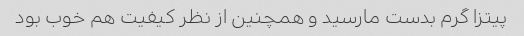
پیتزا گرم بدست مارسید و همچنین از نظر کیفیت هم خوب بود